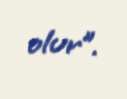
olur”.